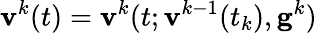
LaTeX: \mathbf{v}^{k}(t)=\mathbf{v}^{k}(t;\mathbf{v}^{k-1}(t_{k}),\mathbf{g}^{k})